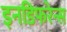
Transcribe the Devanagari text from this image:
इनडिफरेन्स